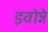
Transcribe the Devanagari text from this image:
इवोन्ने